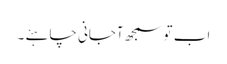
اب تو سمجھ آجانی چاہئے ۔